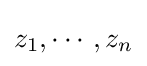
z_{1},\cdots ,z_{n}